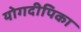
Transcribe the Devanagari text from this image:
योगदीपिका